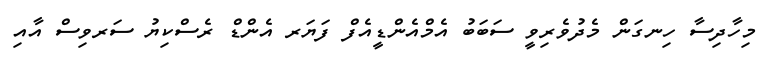
މިހާދިސާ ހިނގަން މެދުވެރިވީ ސަބަބު އެމްއެންޑީއެފް ފަޔަރ އެންޑް ރެސްކިޔު ސަރވިސް އާއި